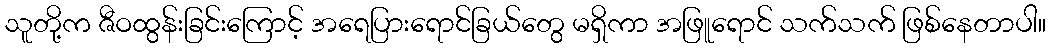
သူတို့က ဇီဝထွန်းခြင်းကြောင့် အရေပြားရောင်ခြယ်တွေ မရှိကာ အဖြူရောင် သက်သက် ဖြစ်နေတာပါ။